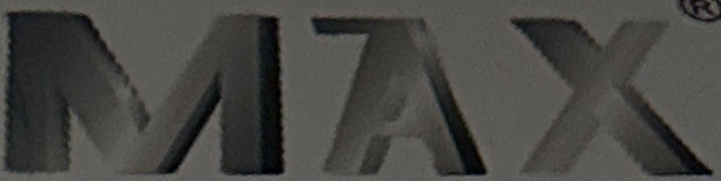
MAX